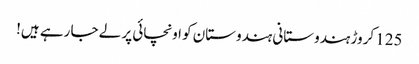
125 کروڑ ہندوستانی ہندوستان کو اونچائی پر لے جا رہے ہیں!